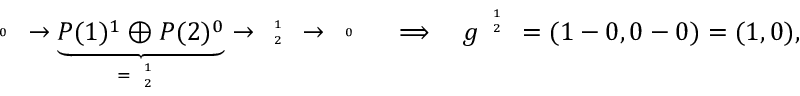
{ \tiny \begin{array} { c c } { 0 } \end{array} } \to \underbrace { P ( 1 ) ^ { 1 } \oplus P ( 2 ) ^ { 0 } } _ { = \tiny { \begin{array} { c c } { 1 } \\ { 2 } \end{array} } } \to { \tiny { \begin{array} { c c } { 1 } \\ { 2 } \end{array} } } \to { \tiny \begin{array} { c c } { 0 } \end{array} } \quad \Longrightarrow \quad g ^ { \tiny { \begin{array} { c c } { 1 } \\ { 2 } \end{array} } } = ( 1 - 0 , 0 - 0 ) = ( 1 , 0 ) ,